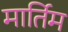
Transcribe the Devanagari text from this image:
मार्तिम